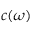
c ( \omega )